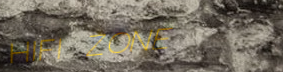
HIFI ZONE